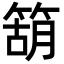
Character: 箶